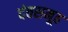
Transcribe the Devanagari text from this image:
दंतसमूह